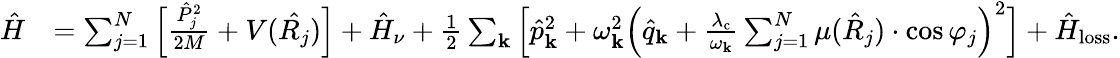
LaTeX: \begin{array}{rl}{\hat{H}}&{=\sum_{j=1}^{N}\Big[\frac{\hat{P}_{j}^{2}}{2M}+V(\hat{R_{j}})\Big]+\hat{H}_{\nu}+\frac{1}{2}\sum_{\mathbf{k}}\Big[\hat{p}_{\mathrm{\mathbf{k}}}^{2}+\omega_{\mathbf{k}}^{2}\Big(\hat{q}_{\mathrm{\mathbf{k}}}+{\frac{\lambda_{\mathrm{c}}}{\omega_{\mathbf k}}}\sum_{j=1}^{N}\mu(\hat{R}_{j})\cdot\cos\varphi_{j}\Big)^{2}\Big]+\hat{H}_{\mathrm{loss}}.}\end{array}